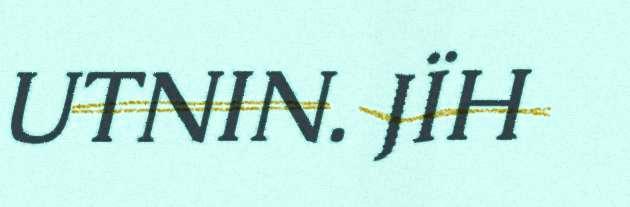
UTNIN. JÏH